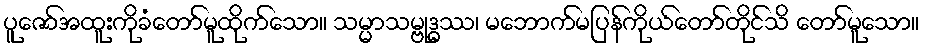
ပူဇော်အထူးကိုခံတော်မူထိုက်သော။ သမ္မာသမ္ဗုဒ္ဓဿ၊ မဘောက်မပြန်ကိုယ်တော်တိုင်သိ တော်မူသော။